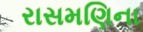
રાસમણિના